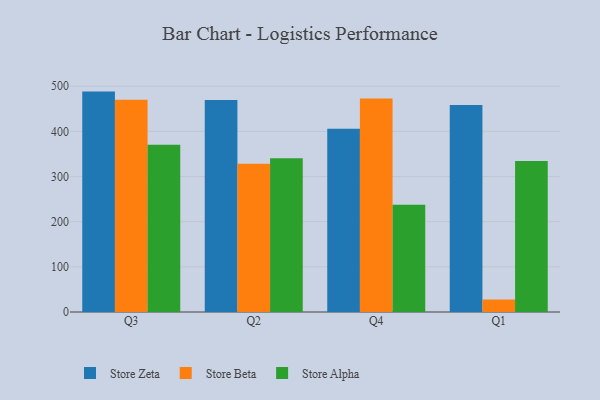
{"axis": {"x": "Quarter", "y": "Headcount"}, "legend": ["Store Alpha", "Store Beta", "Store Zeta"], "data": [{"x": "Q3", "y": 488.1, "type": "Store Zeta"}, {"x": "Q3", "y": 469.8, "type": "Store Beta"}, {"x": "Q3", "y": 370.2, "type": "Store Alpha"}, {"x": "Q2", "y": 469.3, "type": "Store Zeta"}, {"x": "Q2", "y": 328.1, "type": "Store Beta"}, {"x": "Q2", "y": 340.4, "type": "Store Alpha"}, {"x": "Q4", "y": 405.6, "type": "Store Zeta"}, {"x": "Q4", "y": 472.8, "type": "Store Beta"}, {"x": "Q4", "y": 237.3, "type": "Store Alpha"}, {"x": "Q1", "y": 458.7, "type": "Store Zeta"}, {"x": "Q1", "y": 27.6, "type": "Store Beta"}, {"x": "Q1", "y": 334.5, "type": "Store Alpha"}]}